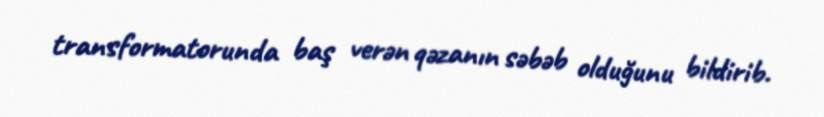
transformatorunda baş verən qəzanın səbəb olduğunu bildirib.